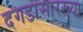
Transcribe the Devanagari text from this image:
दगडासारख्या